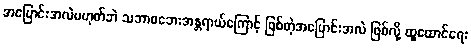
အပြောင်းအလဲမဟုတ်ဘဲ သဘာဝဘေးအန္တရာယ်ကြောင့် ဖြစ်တဲ့အပြောင်းအလဲ ဖြစ်လို့ ထူထောင်ရေး